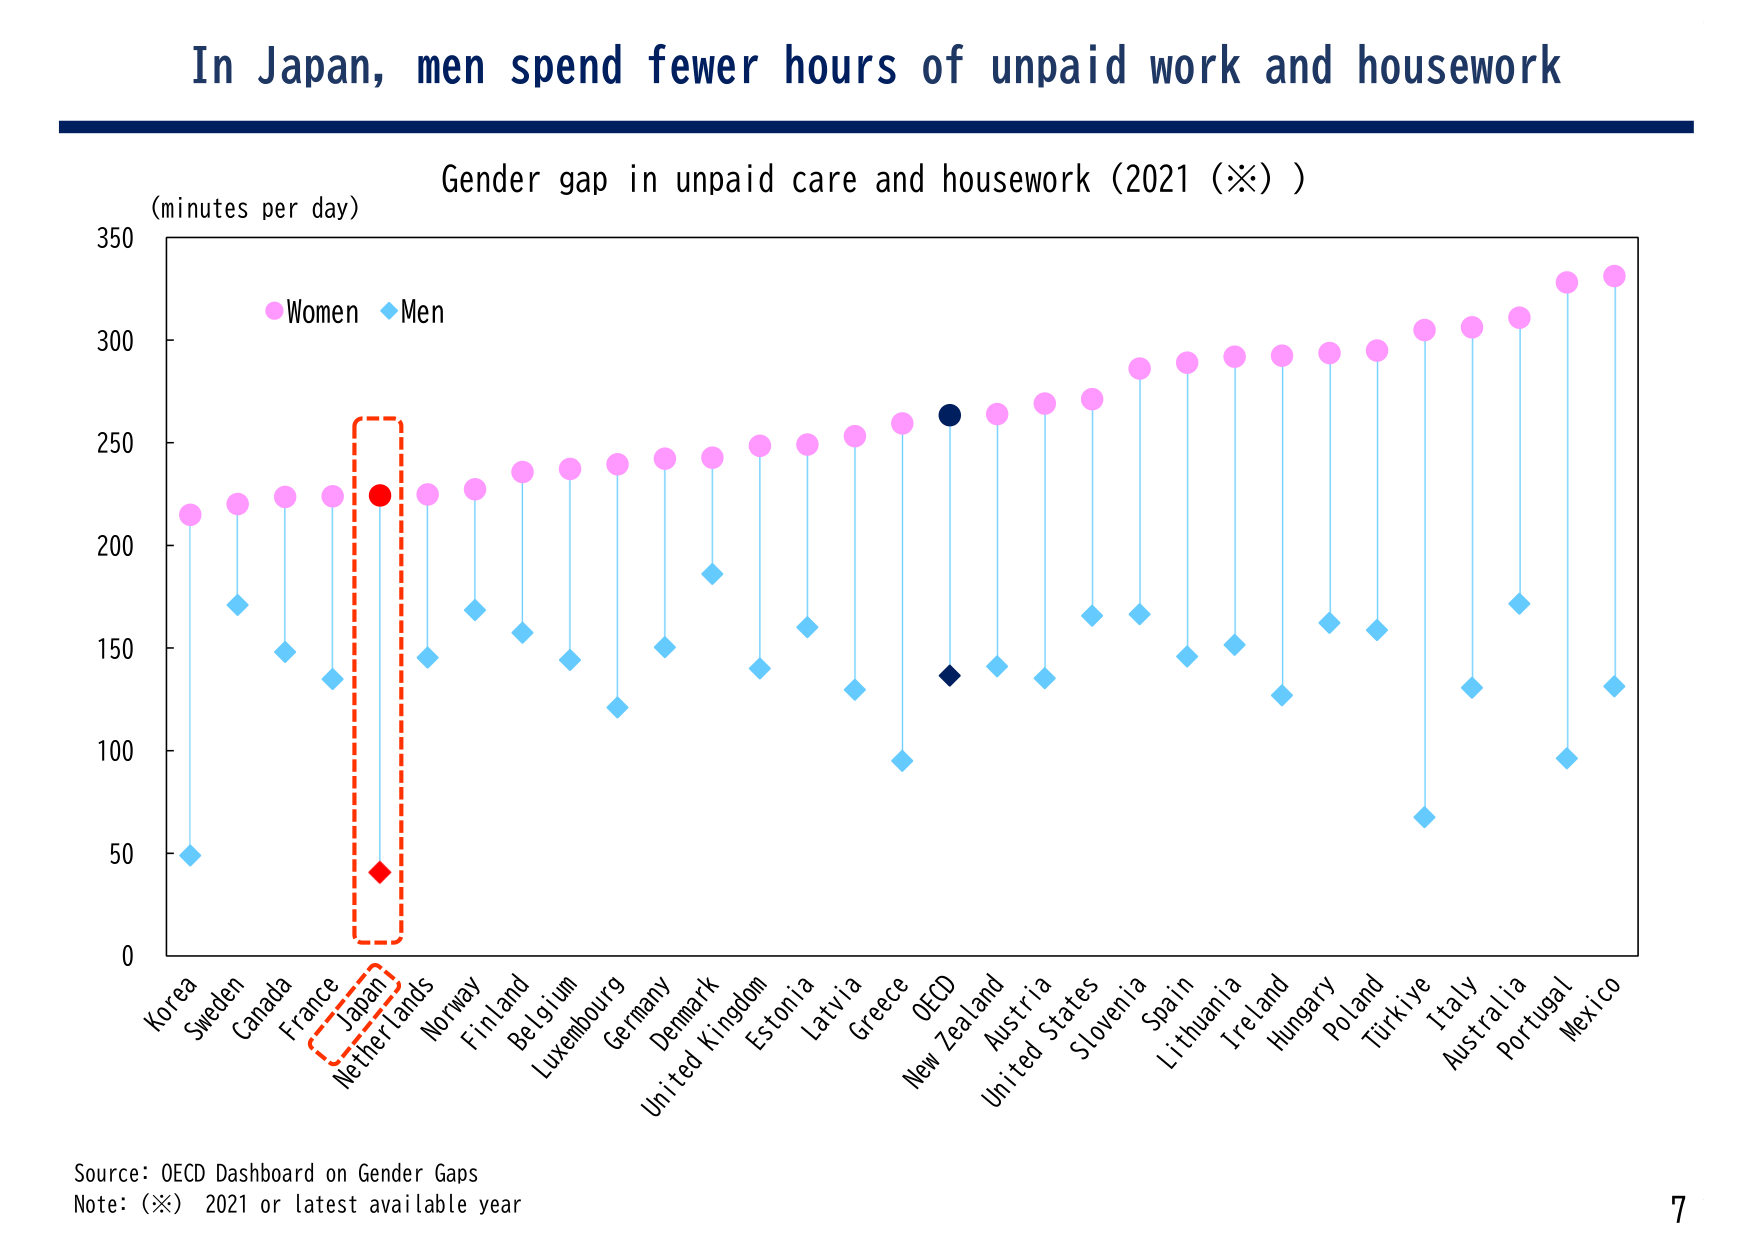
In Japan, men spend fewer hours of unpaid work and housework

Gender gap in unpaid care and housework (2021 (※) )

(minutes per day)

Women Men

Korea
Sweden
Canada
France
Japan
Netherlands
Norway
Finland
Belgium
Luxembourg
Germany
Denmark
United Kingdom
Estonia
Latvia
Greece
OECD
New Zealand
Austria
United States
Slovenia
Spain
Lithuania
Ireland
Hungary
Poland
Türkiye
Italy
Australia
Portugal
Mexico

Source: OECD Dashboard on Gender Gaps
Note: (※) 2021 or latest available year

7